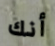
أنك